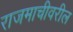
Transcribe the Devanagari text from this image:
राजमाचीवरील